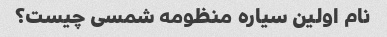
نام اولین سیاره منظومه شمسی چیست؟